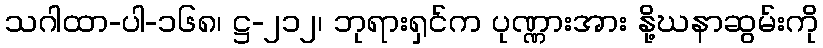
သဂါထာ-ပါ-၁၆၈၊ ဋ္ဌ-၂၁၂၊ ဘုရားရှင်က ပုဏ္ဏားအား နို့ဃနာဆွမ်းကို